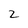
Character: 2